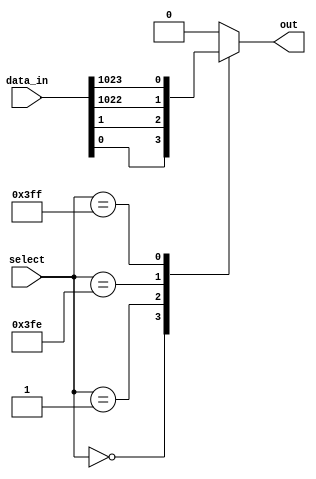
module mux_1024_1 (
    input [1023:0] data_in,
    input [9:0] select,
    output reg out
);

always @*
begin
    case (select)
        0: out = data_in[0];
        1: out = data_in[1];
        // continuation for 2 through 1023
        1022: out = data_in[1022];
        1023: out = data_in[1023];
        default: out = 0; // default case, output 0
    endcase
end

endmodule